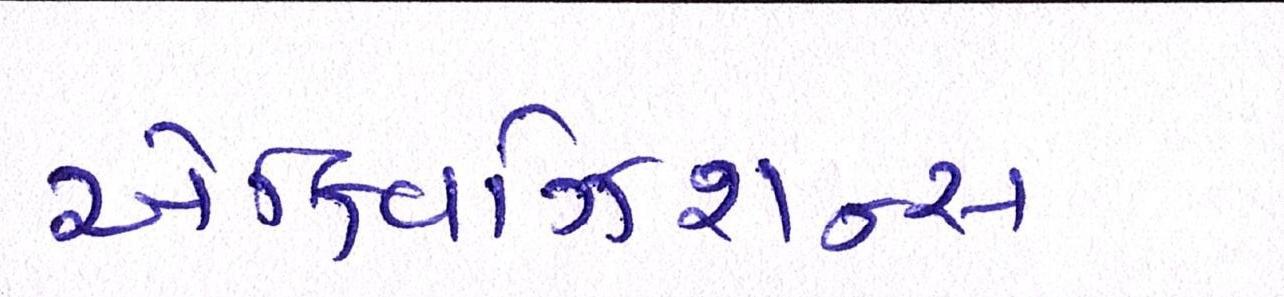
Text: એક્વિઝિશન્સ